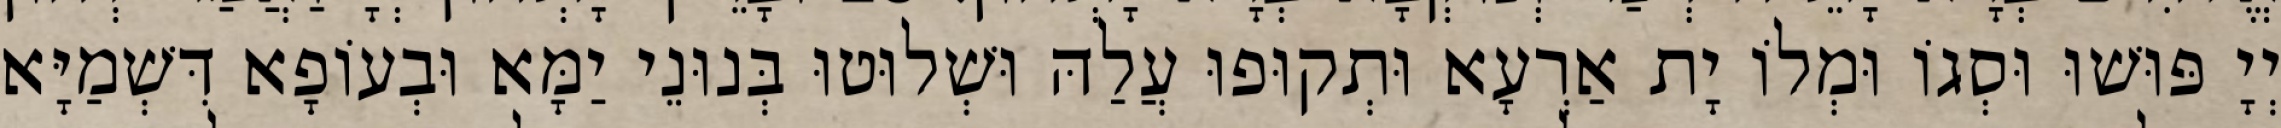
יְיָ פּוּשׁוּ וּסְגוֹ וּמְלוֹ יָת אַרְעָא וּתְקוּפוּ עֲלַהּ וּשְׁלוּטוּ בְּנוּנֵי יַמָּא וּבְעוֹפָא דִּשְׁמַיָּא